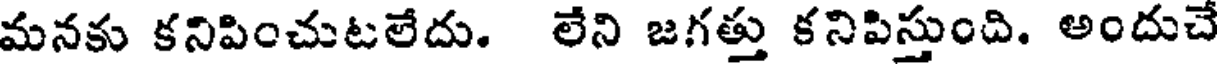
మనకు కనిపించుటలేదు. లేని జగత్తు కనిపిస్తుంది. అందుచే